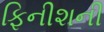
ફિનીશની